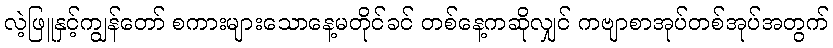
လဲ့ဖြူနှင့်ကျွန်တော် စကားများသောနေ့မတိုင်ခင် တစ်နေ့ကဆိုလျှင် ကဗျာစာအုပ်တစ်အုပ်အတွက်